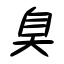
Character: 臭